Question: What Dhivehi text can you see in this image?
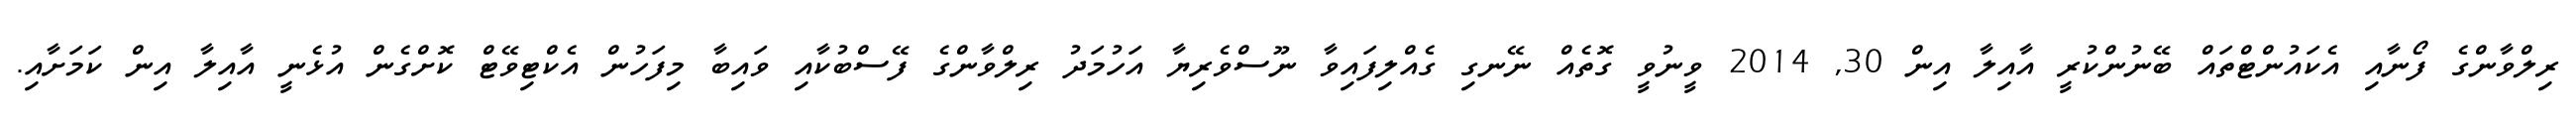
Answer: ރިލްވާންގެ ފޯނާއި އެކައުންޓްތައް ބޭނުންކުރީ އާއިލާ އިން 30, 2014 ވީނުވީ ގޮތެއް ނޭނގި ގެއްލިފައިވާ ނޫސްވެރިޔާ އަހުމަދު ރިލްވާންގެ ފޭސްބުކާއި ވައިބާ މިފަހުން އެކްޓިވޭޓް ކޮށްގެން އުޅެނީ އާއިލާ އިން ކަމަށާއި.